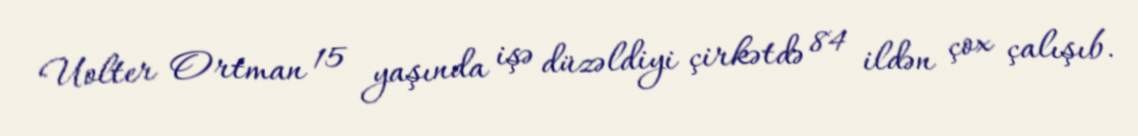
Uolter Ortman 15 yaşında işə düzəldiyi çirkətdə 84 ildən çox çalışıb.